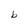
Character: b